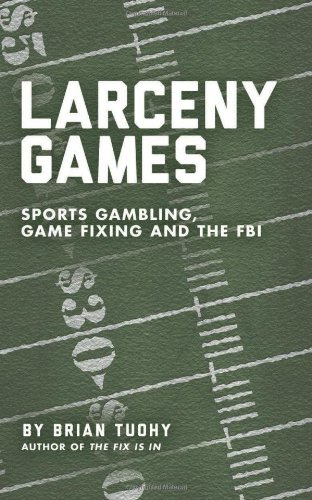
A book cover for Larceny Games: Sports Gambling, Game Fixing and the FBI; Brian Tuohy; Humor & Entertainment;